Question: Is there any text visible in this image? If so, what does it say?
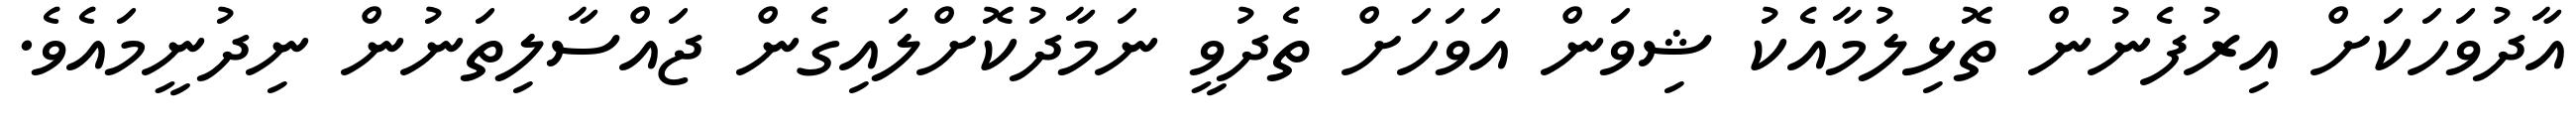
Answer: އާދުވަހަކަށް އިރުފެނުން ތޮޅިލުމާއެކު ޝިވަން އަވަހަށް ތެދުވީ ނަމާދުކޮށްލައިގެން ޖައްސާލިތަނުން ނިދުނީމައެވެ.